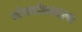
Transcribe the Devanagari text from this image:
गंधर्वाकारला